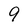
Character: 9